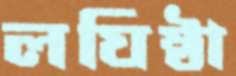
লঘিষ্ঠা